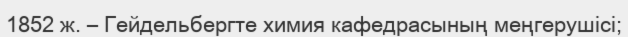
1852 ж. – Гейдельбергте химия кафедрасының меңгерушісі;